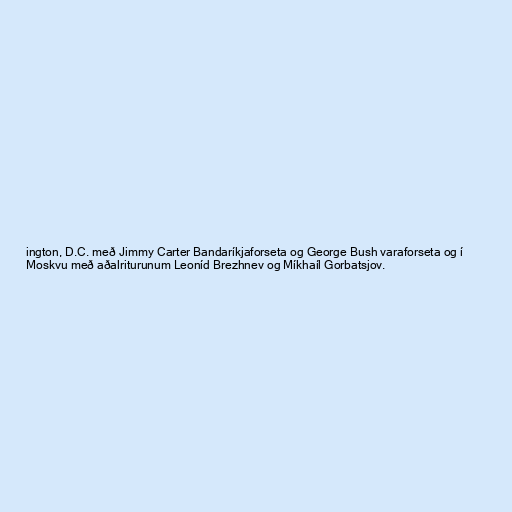
ington, D.C. með Jimmy Carter Bandaríkjaforseta og George Bush varaforseta og í
Moskvu með aðalriturunum Leoníd Brezhnev og Míkhaíl Gorbatsjov.